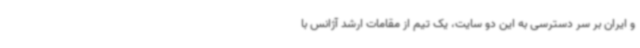
و ایران بر سر دسترسی به این دو سایت، یک تیم از مقامات ارشد آژانس با